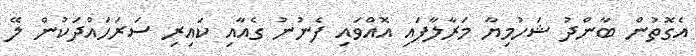
އެގޮތުން ބާންދު ޝަހުމިޔާ މަރާލާފައި އޮއްވައި ފެނުނު ގެއާއި ކައިރި ސަރަހައްދަކުން ލޭ